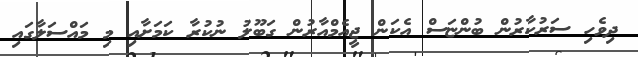
ދިވެހި ސަރުކާރުން ބުންޏަސް އެކަން ޖީއެމްއާރުން ގަބޫލު ނުކުރާ ކަމަށާއި މި މައްސަލާގައި